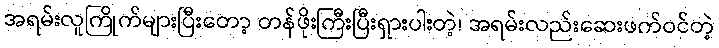
အရမ်းလူကြိုက်များပြီးတော့ တန်ဖိုးကြီးပြီးရှားပါးတဲ့၊ အရမ်းလည်းဆေးဖက်ဝင်တဲ့